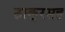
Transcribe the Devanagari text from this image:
ठाकूरसह